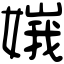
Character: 𡟶